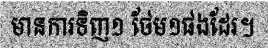
មានការទិញ១ ថែម១ផងដែរ។